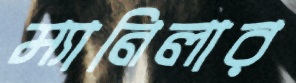
ম্যানিলার